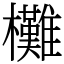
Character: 㰙